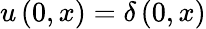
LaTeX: u\left(0,x\right)=\delta\left(0,x\right)